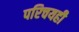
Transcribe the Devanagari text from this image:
परिचयही